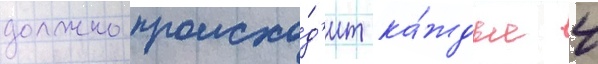
должно происхо́д'ит ка́ждые 4